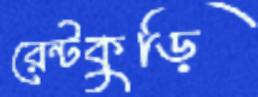
রেন্টকুড়ি